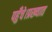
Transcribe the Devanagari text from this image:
पहुँचे।प्रख्यात